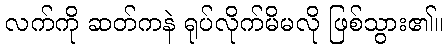
လက်ကို ဆတ်ကနဲ ရုပ်လိုက်မိမလို ဖြစ်သွား၏။